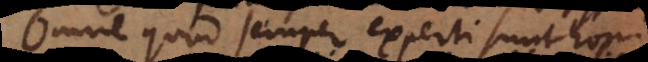
Omne quod semper experti sunt hom